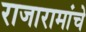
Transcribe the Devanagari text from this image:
राजारामांचे